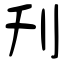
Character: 刋